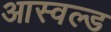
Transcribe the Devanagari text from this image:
आस्वल्ड